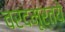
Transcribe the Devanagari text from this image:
वरदमूर्तये